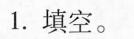
1.填空。